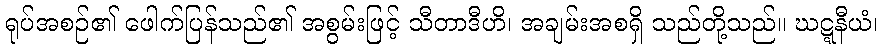
ရုပ်အစဉ်၏ ဖေါက်ပြန်သည်၏ အစွမ်းဖြင့် သီတာဒီဟိ၊ အချမ်းအစရှိ သည်တို့သည်။ ဃဋ္ဋနီယံ၊